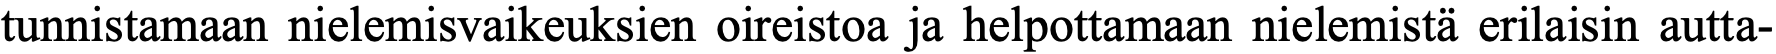
tunnistamaan nielemisvaikeuksien oireistoa ja helpottamaan nielemistä erilaisin autta-